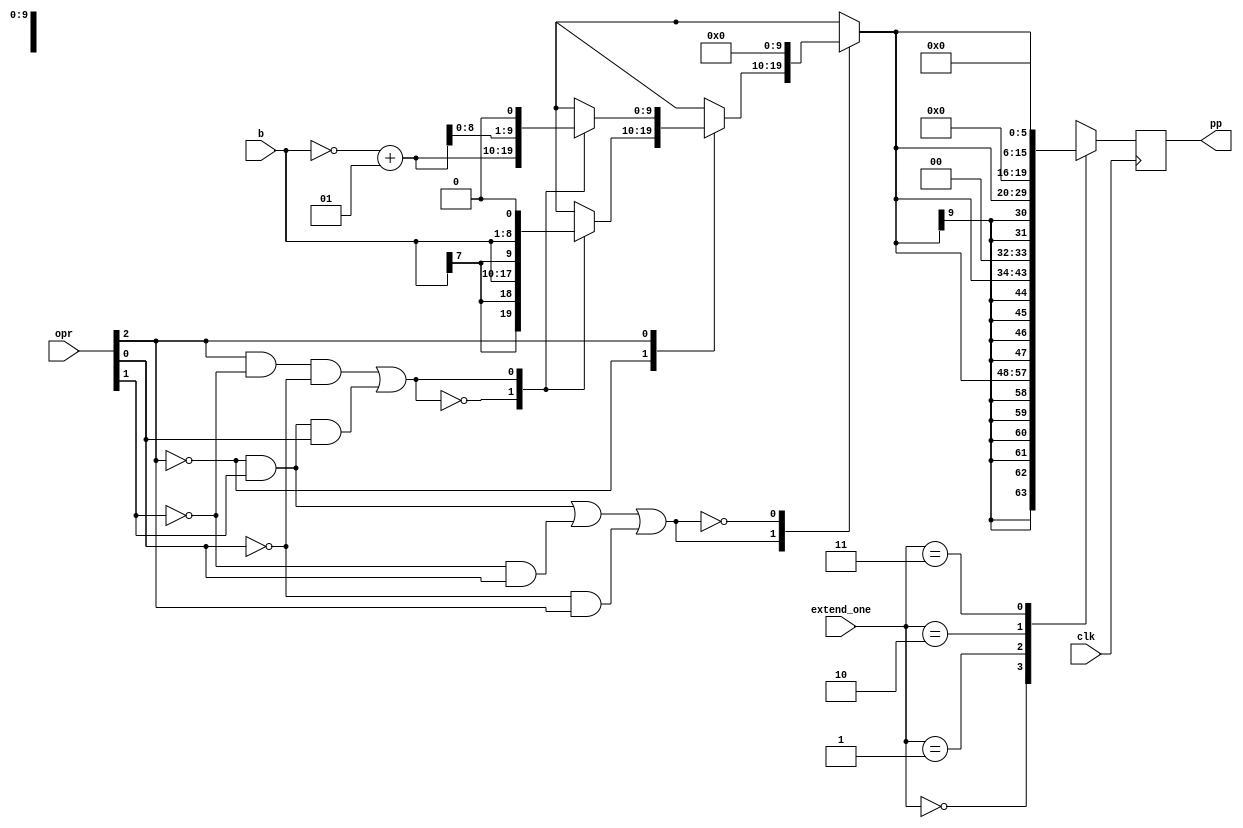
module new(input  [2:0] opr,
	input [1:0] extend_one,
	input clk,
	input signed [7:0] b,
	output reg   [15:0] pp);

wire is_neg;
reg signed [9:0]r_pp;
reg [1:0] r_ext;
wire is_shifted;
reg d=0;
wire is_mul;

reg r_is_mul;
reg r_is_shifted;
reg r_is_neg;   

assign is_neg=opr[2];
assign is_shifted=(opr[2]&(~opr[1])&(~opr[0]))|((~opr[2])&opr[1]&opr[0]);
assign is_mul=((~opr[2]&opr[1])|(~opr[1]&opr[0]))|((~opr[0])&opr[2]);
// assign is_mul=opr[1]^opr[0];

always@(posedge clk)
begin 
    r_ext=extend_one;
    r_is_mul=is_mul;
    r_is_neg=is_neg;
    r_is_shifted=is_shifted;
        case(r_is_mul)
        1'b1:begin
        r_pp=b;

        
            case(r_is_neg)
                1'b0:begin
                    r_pp=r_pp;
                case(r_is_shifted)
                    1'b0:r_pp=r_pp;
                    1'b1:r_pp=r_pp<<1;
                    default:d=1;
                endcase
                end
                1'b1:begin
                    
                r_pp=(~r_pp+1);
                
                case(r_is_shifted)
                    1'b0:r_pp=r_pp;
                    1'b1:r_pp=r_pp<<1;
                    default:d=1;
                endcase
                end

                default:d=1;
            endcase
        end
        1'b0:r_pp=0;
        default:d=1;
        endcase
    case(r_ext) 
   
	    2'b00:pp<={{6{r_pp[9]}},r_pp};
	    2'b01:pp<={{4{r_pp[9]}},r_pp,{2{1'b0}}};
	    2'b10:pp<={{2{r_pp[9]}},r_pp,{4{1'b0}}};
	2'b11:pp<={r_pp,{6{1'b0}}};
    default:d<=0;
	endcase	
        // case(is_neg)
        // 1'b0:r_pp<=b;
        // 1'b1:r_pp<=(~b+1);
        // default:d<=1;
        // endcase

        
        
end

endmodule